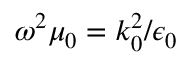
\omega ^ { 2 } \mu _ { 0 } = k _ { 0 } ^ { 2 } / \epsilon _ { 0 }